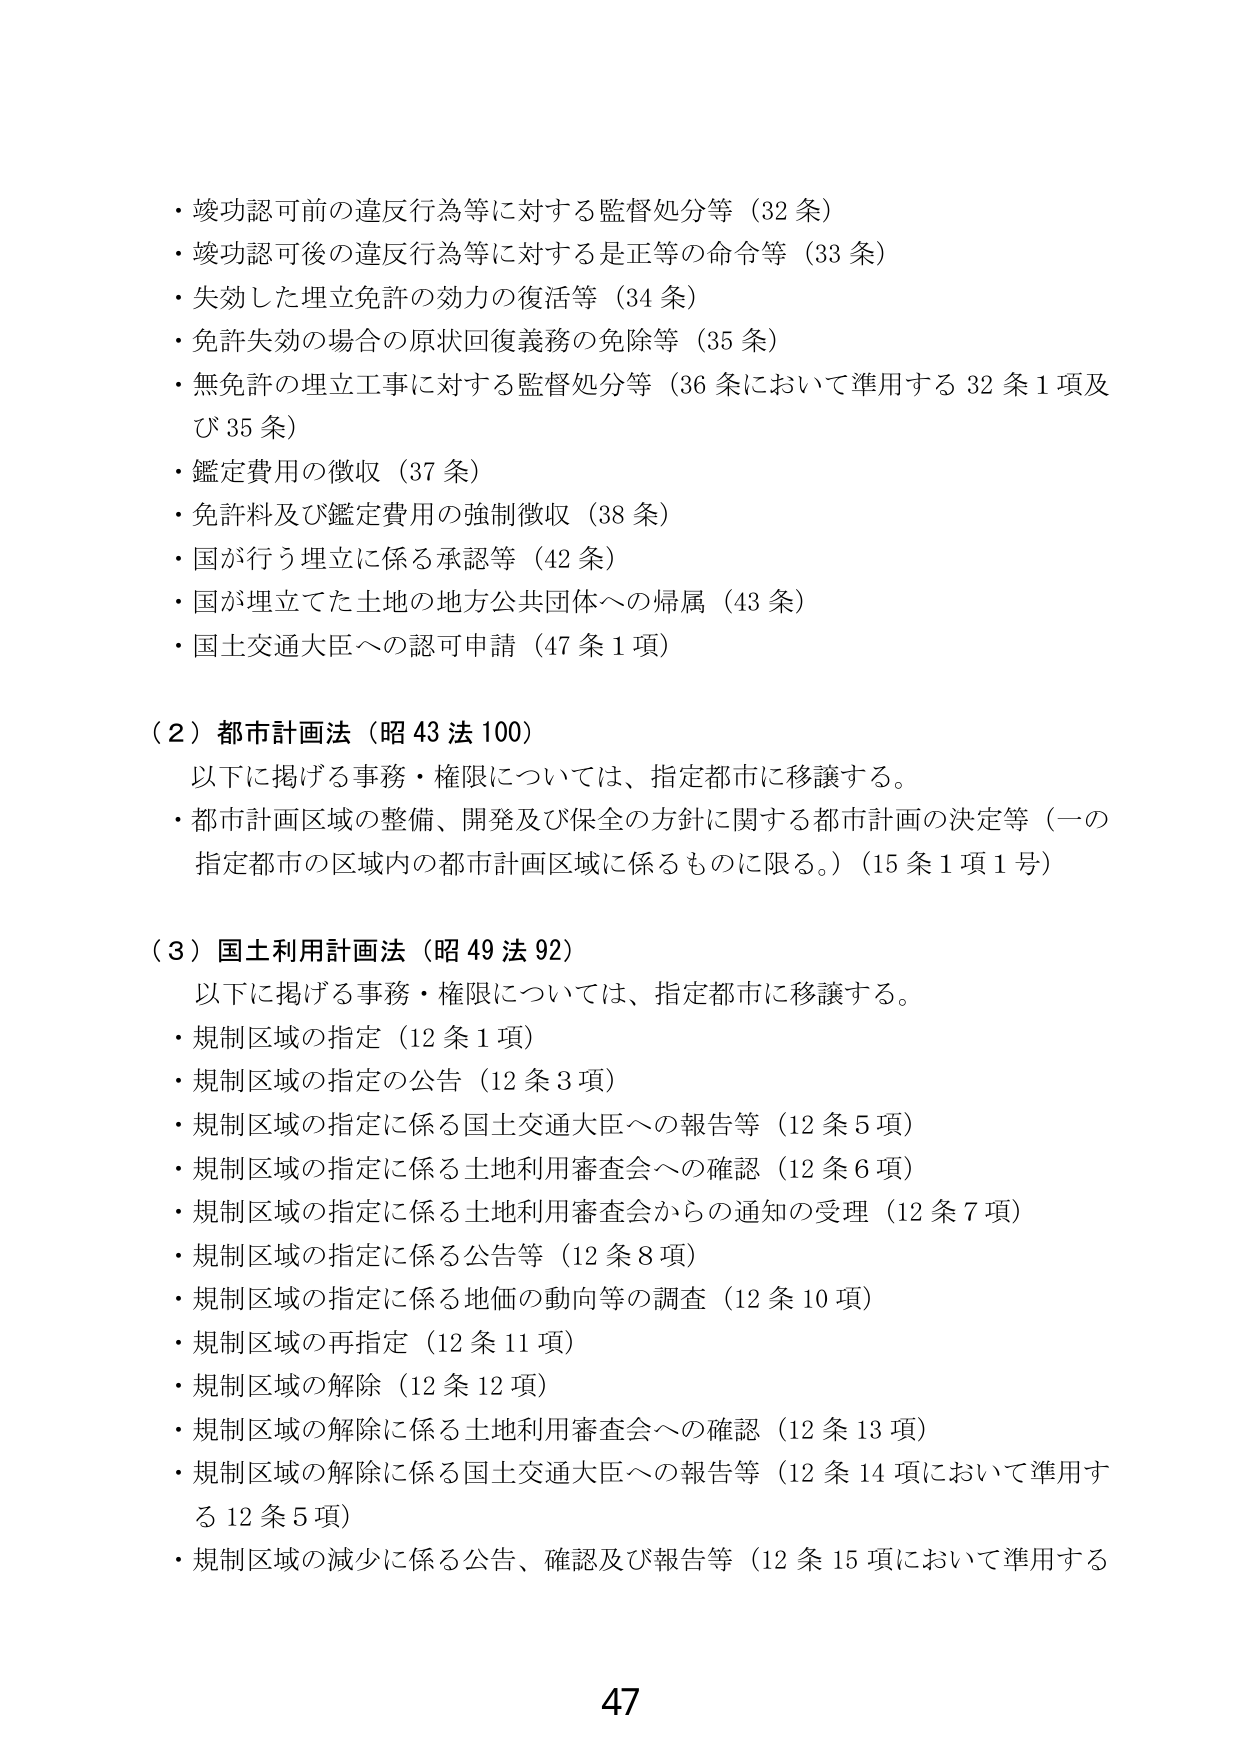
・竣功認可前の違反行為等に対する監督処分等（32条）
・竣功認可後の違反行為等に対する是正等の命令等（33条）
・失効した埋立免許の効力の復活等（34条）
・免許失効の場合の原状回復義務の免除等（35条）
・無免許の埋立工事に対する監督処分等（36条において準用する32条1項及び35条）
・鑑定費用の徴収（37条）
・免許料及び鑑定費用の強制徴収（38条）
・国が行う埋立に係る承認等（42条）
・国が埋立てた土地の地方公共団体への帰属（43条）
・国土交通大臣への認可申請（47条1項）

（2）都市計画法（昭43法100）
　以下に掲げる事務・権限については、指定都市に移譲する。
・都市計画区域の整備、開発及び保全の方針に関する都市計画の決定等（一の指定都市の区域内の都市計画区域に係るものに限る。）（15条1項1号）

（3）国土利用計画法（昭49法92）
　以下に掲げる事務・権限については、指定都市に移譲する。
・規制区域の指定（12条1項）
・規制区域の指定の公告（12条3項）
・規制区域の指定に係る国土交通大臣への報告等（12条5項）
・規制区域の指定に係る土地利用審査会への確認（12条6項）
・規制区域の指定に係る土地利用審査会からの通知の受理（12条7項）
・規制区域の指定に係る公告等（12条8項）
・規制区域の指定に係る地価の動向等の調査（12条10項）
・規制区域の再指定（12条11項）
・規制区域の解除（12条12項）
・規制区域の解除に係る土地利用審査会への確認（12条13項）
・規制区域の解除に係る国土交通大臣への報告等（12条14項において準用する12条5項）
・規制区域の減少に係る公告、確認及び報告等（12条15項において準用する

47